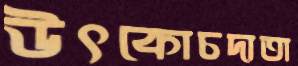
উৎকোচদাতা